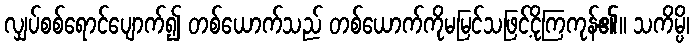
လျှပ်စစ်ရောင်ပျောက်၍ တစ်ယောက်သည် တစ်ယောက်ကိုမမြင်သဖြင့်ငိုကြကုန်၏။ သကိမ္ပိ၊